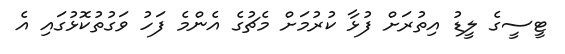
ޓީސީގެ ލީޑު އިތުރަށް ފުޅާ ކުރުމަށް މެޗުގެ އެންމެ ފަހު ވަގުތުކޮޅުގައި އެ